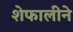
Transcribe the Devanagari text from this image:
शेफालीने